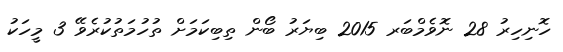
ހޮނިހިރު 28 ނޮވެމްބަރ 2015 ބިޔަރު ބޯން ތިބިކަމަށް ތުހުމަތުކުރެވޭ 3 މީހަކު